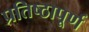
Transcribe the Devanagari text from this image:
प्रतिष्‍ठापूर्ण